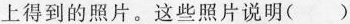
上得到的照片。这些照片说明()